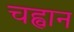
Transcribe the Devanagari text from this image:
चह्वान